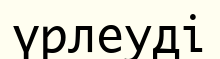
үрлеуді